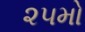
૨૫મો